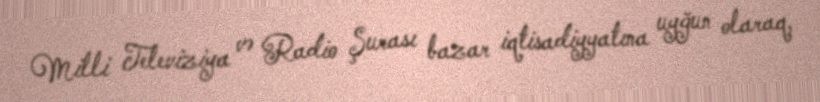
Milli Televiziya və Radio Şurası bazar iqtisadiyyatına uyğun olaraq,